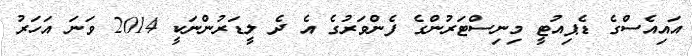
އައިއެސްގެ ޑެޕިއުޓީ މިނިސްޓަރުންގެ ފެންވަރުގެ އެ ދެ ލީޑަރުންނަކީ 2014 ވަނަ އަހަރު